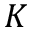
K